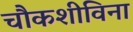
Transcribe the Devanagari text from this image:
चौकशीविना